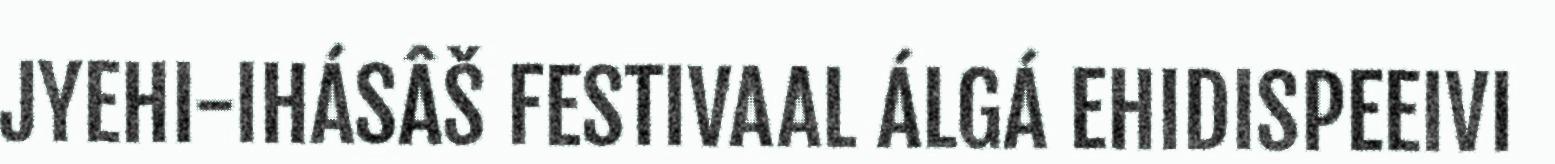
JYEHI-IHÁSÂŠ FESTIVAAL ÁLGÁ EHIDISPEEIVI